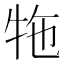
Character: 㸱